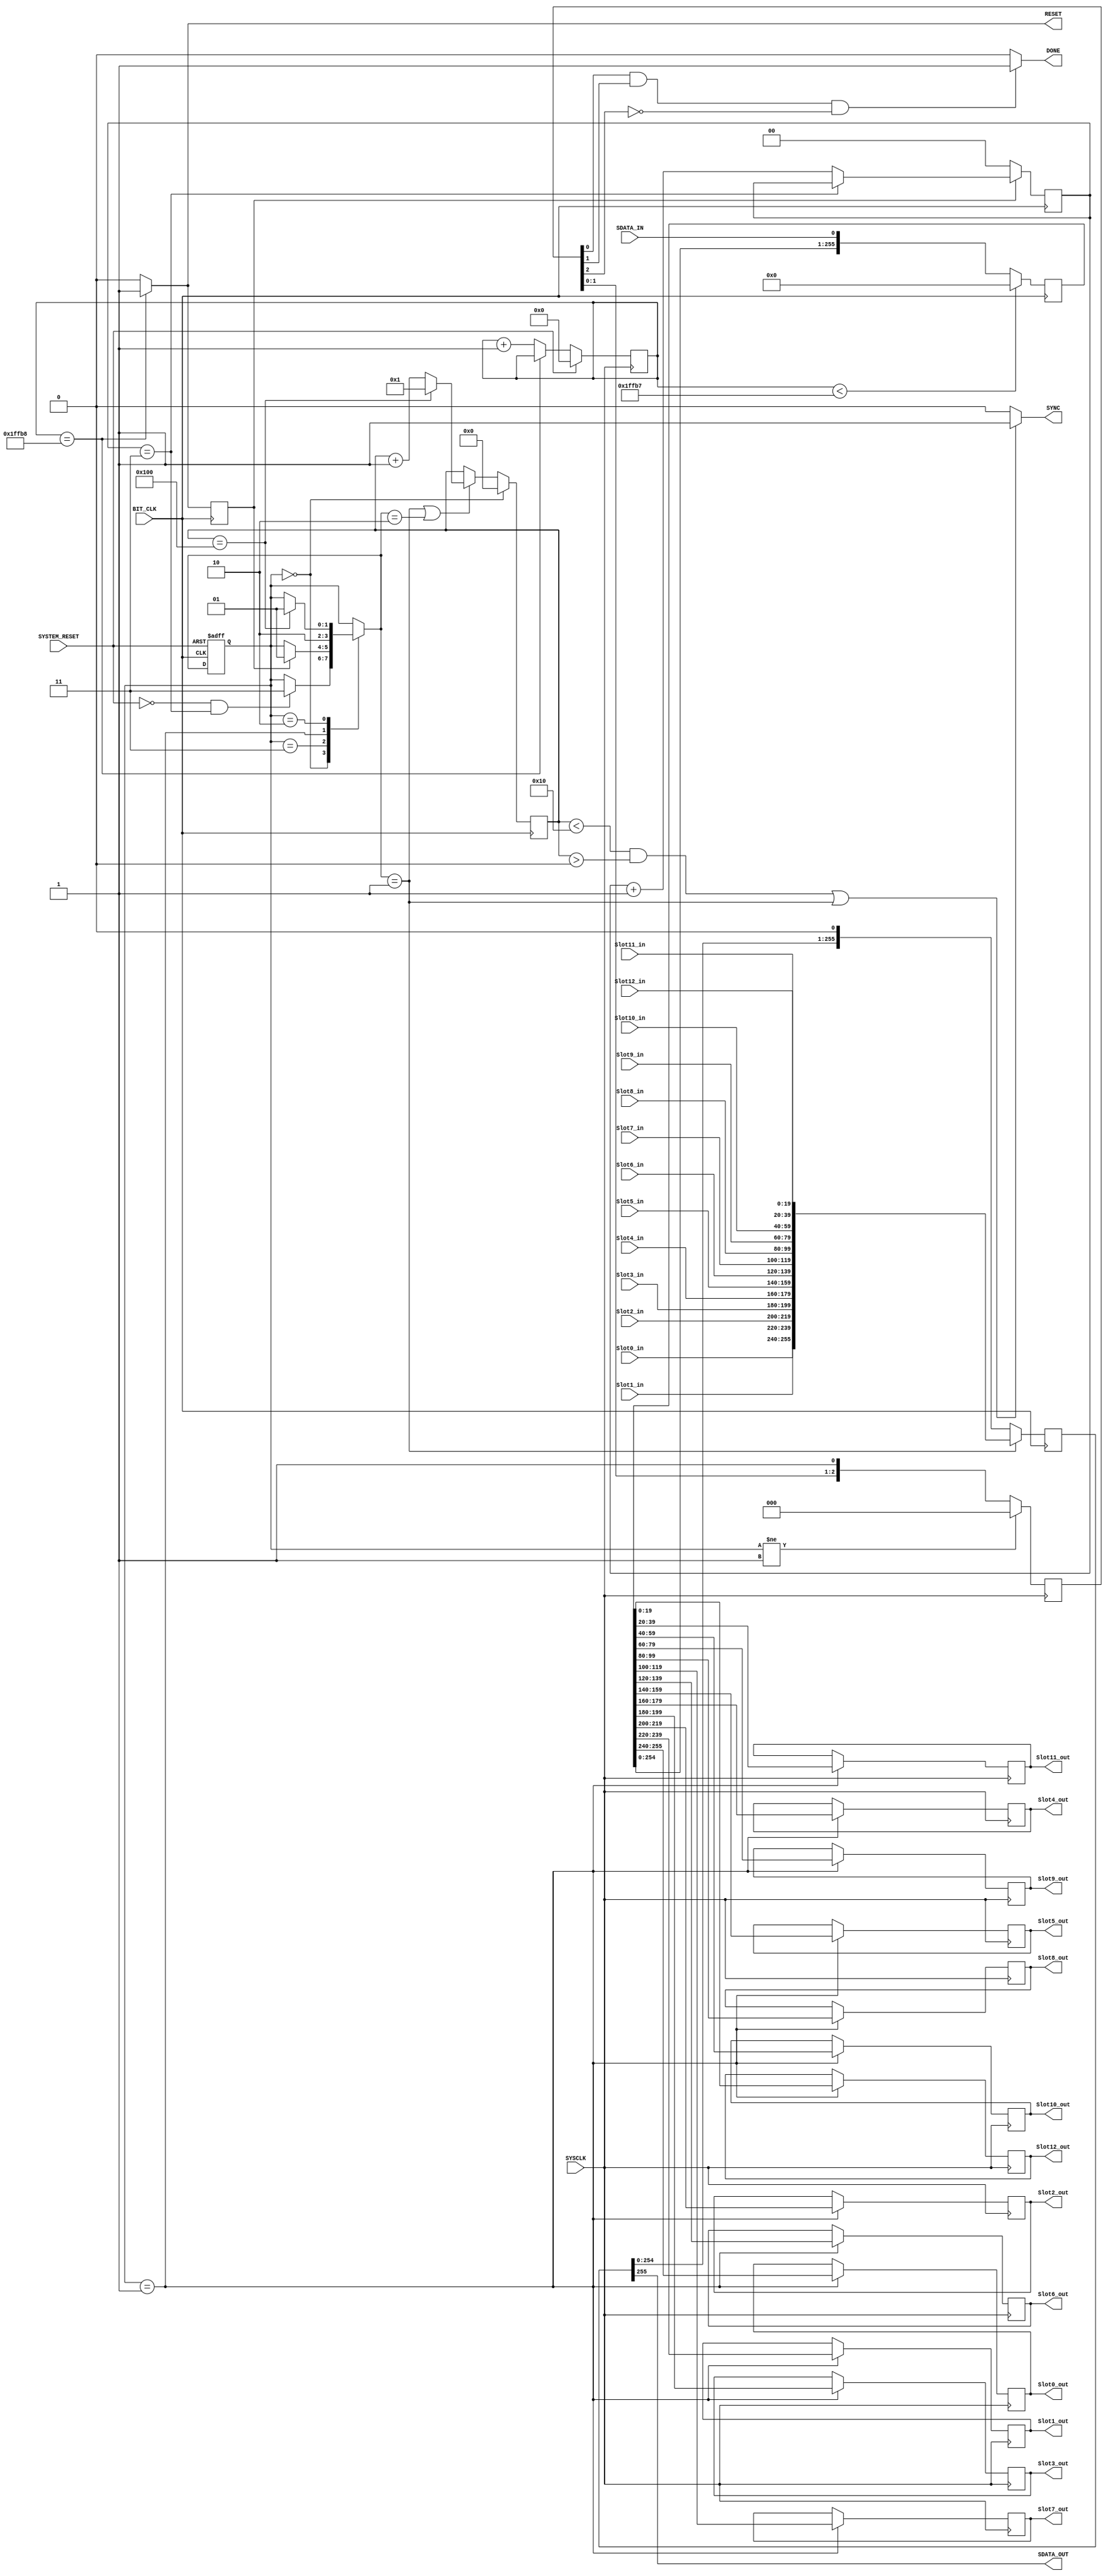
module ac97_controller(
    input SYSCLK,				// up to 125MHz
	 input SYSTEM_RESET,		// active on 1
    input BIT_CLK,			// 12,288 MHz
    input SDATA_IN,
	 output SYNC,
    output SDATA_OUT,
    output RESET,
	 output DONE,
	 input [15:0] Slot0_in,
	 input [19:0] Slot1_in,
	 input [19:0] Slot2_in,
	 input [19:0] Slot3_in,
	 input [19:0] Slot4_in,
	 input [19:0] Slot5_in,
	 input [19:0] Slot6_in,
	 input [19:0] Slot7_in,
	 input [19:0] Slot8_in,
	 input [19:0] Slot9_in,
	 input [19:0] Slot10_in,
	 input [19:0] Slot11_in,
	 input [19:0] Slot12_in,
	 output reg [15:0] Slot0_out,
	 output reg [19:0] Slot1_out,
	 output reg [19:0] Slot2_out,
	 output reg [19:0] Slot3_out,
	 output reg [19:0] Slot4_out,
	 output reg [19:0] Slot5_out,
	 output reg [19:0] Slot6_out,
	 output reg [19:0] Slot7_out,
	 output reg [19:0] Slot8_out,
	 output reg [19:0] Slot9_out,
	 output reg [19:0] Slot10_out,
	 output reg [19:0] Slot11_out,
	 output reg [19:0] Slot12_out
    );

parameter START_DELAY 				= 17'd131000;
parameter WAIT_FOR_BITCLK_DELAY	= 2'b11;

// the states of the state machine
parameter 	Idle = 2'b00,					
				Load = 2'b01,					// SlotS_out are loaded from Data_reg_in and Data_reg_out is loaded with SlotS_in
				Send = 2'b10,					// Registers are shifted
				Wait_until_Start = 2'b11;	//	Lines 67-70 & 130


reg [9:0] Increment = 0;	// integer Incremented is used for the bit count of a 256-bit frame, as well as SYNC's frequency
reg [16:0] Var_start = 0;	// incremented varialbe used to set the signal RESET at the start
reg Reset_Ready;
reg [1:0] Wait_for_BITCLK = 0;
reg [2:0] Frame_Done_reg = 0;


reg [255:0] Data_reg_out = 0;
reg [255:0] Data_reg_in = 0;

reg [1:0] StC = Idle;
reg [1:0] StN = Idle;


// If SYSTEM_RESET is 1, Var_start (used to count until RESET is deasserted to 1) is reset to 0
always @ (posedge SYSCLK)
	if (SYSTEM_RESET) 
		Var_start <= 0;
	else if (Var_start == START_DELAY) 
		Var_start <= Var_start;
	else 
		Var_start <= Var_start + 1;
								

always @ (posedge BIT_CLK)
	if (!Reset_Ready)
		Wait_for_BITCLK <= 0;
	else if (Wait_for_BITCLK == WAIT_FOR_BITCLK_DELAY) 
		Wait_for_BITCLK <= Wait_for_BITCLK;
	else 
		Wait_for_BITCLK <= Wait_for_BITCLK + 1;

		
// RESET is 0 until the start delay is over
assign RESET = (Var_start == START_DELAY) ? 1:0;

always @ (posedge BIT_CLK)
	Reset_Ready <= (Var_start == START_DELAY) ? 1:0;


// DONE
always @ (posedge SYSCLK)
	if (StC != Load) 
		Frame_Done_reg <= 0;
	else 
		Frame_Done_reg <= {Frame_Done_reg[1:0], 1'b1};
	
assign DONE = (Frame_Done_reg[0]&Frame_Done_reg[1]&~(Frame_Done_reg[2])) ? 1:0;


// Increment is incremeneted to 256 and then set to 1. Increment is reset to 0 only when a RESET occurs
always @ (posedge BIT_CLK)
	if (StC == Idle) 
		Increment <= 0;
	else if ((StN == Load) || (StN == Send))
		if (Increment == 256) 
			Increment <= 1;
		else 
			Increment <= Increment +1 ;
				
				
// SYNC will have (12,288MHz / 256) = 48KHz frequency & 20.8us period. SYNC is active while Slot0 is being sent only = for 16 BIT_CLKs
assign SYNC = (((Increment < 16)&&(Increment > 0)) || (StN == Load)) ? 1:0;


// Saving the data from SDATA_IN into Data_reg_in & cleaning Data_reg_in if a reset occurs. Data_reg_in must be shifted during the Load stat as well
always @ (posedge BIT_CLK)
	if (Var_start < START_DELAY - 1) 
		Data_reg_in <= 0;
	else 
		Data_reg_in[255:0] <= {Data_reg_in[254:0], SDATA_IN};


// Data_reg_out being loaded with a new frame and shifted each BIT_CLK to be sent on SDATA_OUT
always @ (posedge BIT_CLK)
	if (StN == Load)
		Data_reg_out <= {Slot0_in, Slot1_in, Slot2_in, Slot3_in, Slot4_in, Slot5_in, Slot6_in, Slot7_in, Slot8_in, Slot9_in, Slot10_in, Slot11_in, Slot12_in};
	else 	
		Data_reg_out [255:0] <= {Data_reg_out[254:0], 1'b0};
	

// State machine
always @ (posedge BIT_CLK or posedge SYSTEM_RESET)
	if (SYSTEM_RESET) 
		StC <= Idle;
	else 
		StC <= StN;
		
always @ *
begin
	StN <= StC;
	case (StC)
		Idle: if ((!SYSTEM_RESET) && (Wait_for_BITCLK == WAIT_FOR_BITCLK_DELAY)) StN <= Wait_until_Start;
		
		Wait_until_Start: if (Reset_Ready) StN <= Load;
		
		Load: StN <= Send;
		
		Send: if (Increment == 256) StN <= Load;
		
		default: StN <= Idle;
	endcase
end

assign SDATA_OUT = Data_reg_out[255];
	
always @ (posedge SYSCLK) begin
	if (StC == Load) 
		begin
			Slot0_out <= Data_reg_in[255:240];
			Slot1_out <= Data_reg_in[239:220];
			Slot2_out <= Data_reg_in[219:200];
			Slot3_out <= Data_reg_in[199:180];
			Slot4_out <= Data_reg_in[179:160];
			Slot5_out <= Data_reg_in[159:140];
			Slot6_out <= Data_reg_in[139:120];
			Slot7_out <= Data_reg_in[119:100];
			Slot8_out <= Data_reg_in[99:80];
			Slot9_out <= Data_reg_in[79:60];
			Slot10_out <= Data_reg_in[59:40];
			Slot11_out <= Data_reg_in[39:20];
			Slot12_out <= Data_reg_in[19:0];
		end
end

endmodule